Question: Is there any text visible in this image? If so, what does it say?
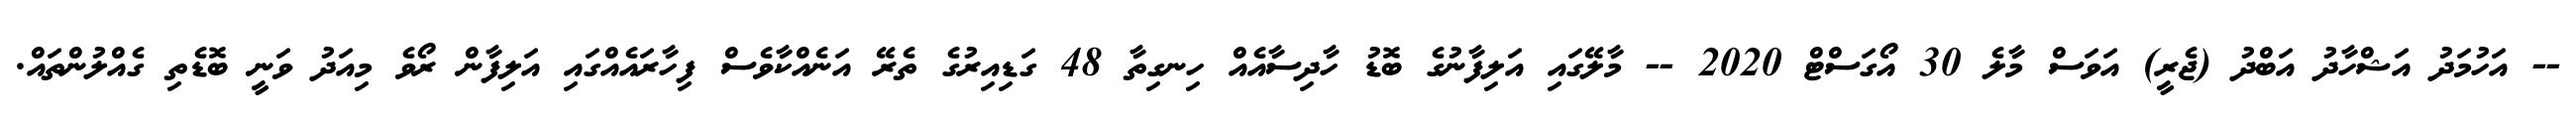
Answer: -- އަހުމަދު އަޝްހާދު އަބްދު (ޖެރީ) އަވަސް މާލެ 30 އޯގަސްޓް 2020 -- މާލޭގައި އަލިފާނުގެ ބޮޑު ހާދިސާއެއް ހިނގިތާ 48 ގަޑިއިރުގެ ތެރޭ އަނެއްކާވެސް ފިހާރައެއްގައި އަލިފާން ރޯވެ މިއަދު ވަނީ ބޮޑެތި ގެއްލުންތައް.